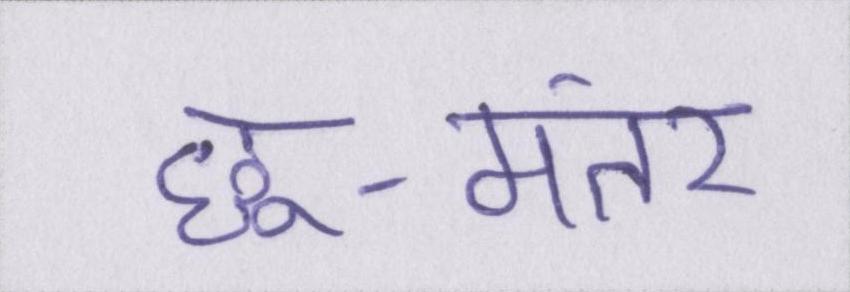
छू-मंतर